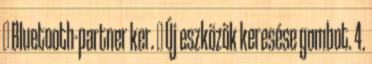
→ Bluetooth-partner ker. → Új eszközök keresése gombot. 4.